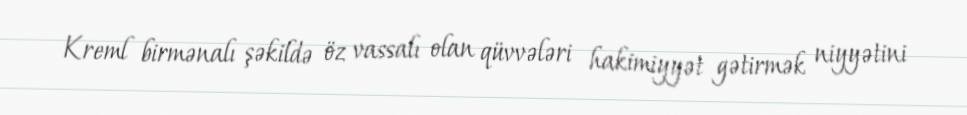
Kreml birmənalı şəkildə öz vassalı olan qüvvələri hakimiyyət gətirmək niyyətini